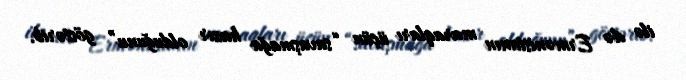
ilə də Ermənistanın maraqları üçün “savaşmağa hazır olduğunu” göstərib.